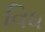
વિધ